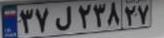
۳۷ل۲۳۸۲۷